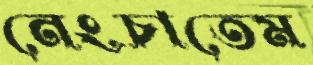
নেংচাতেম